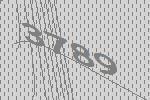
3789